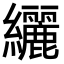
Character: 纚